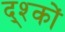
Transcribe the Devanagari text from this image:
द्श्कों